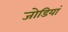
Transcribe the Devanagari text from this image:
जोडियां